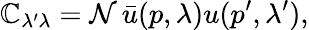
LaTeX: \mathbb{C}_{\lambda^{\prime}\lambda}={\cal{N}}\, \bar{{u}}(p,\lambda)u(p^{\prime},\lambda^{\prime}),